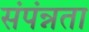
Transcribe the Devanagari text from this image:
संपंन्नता